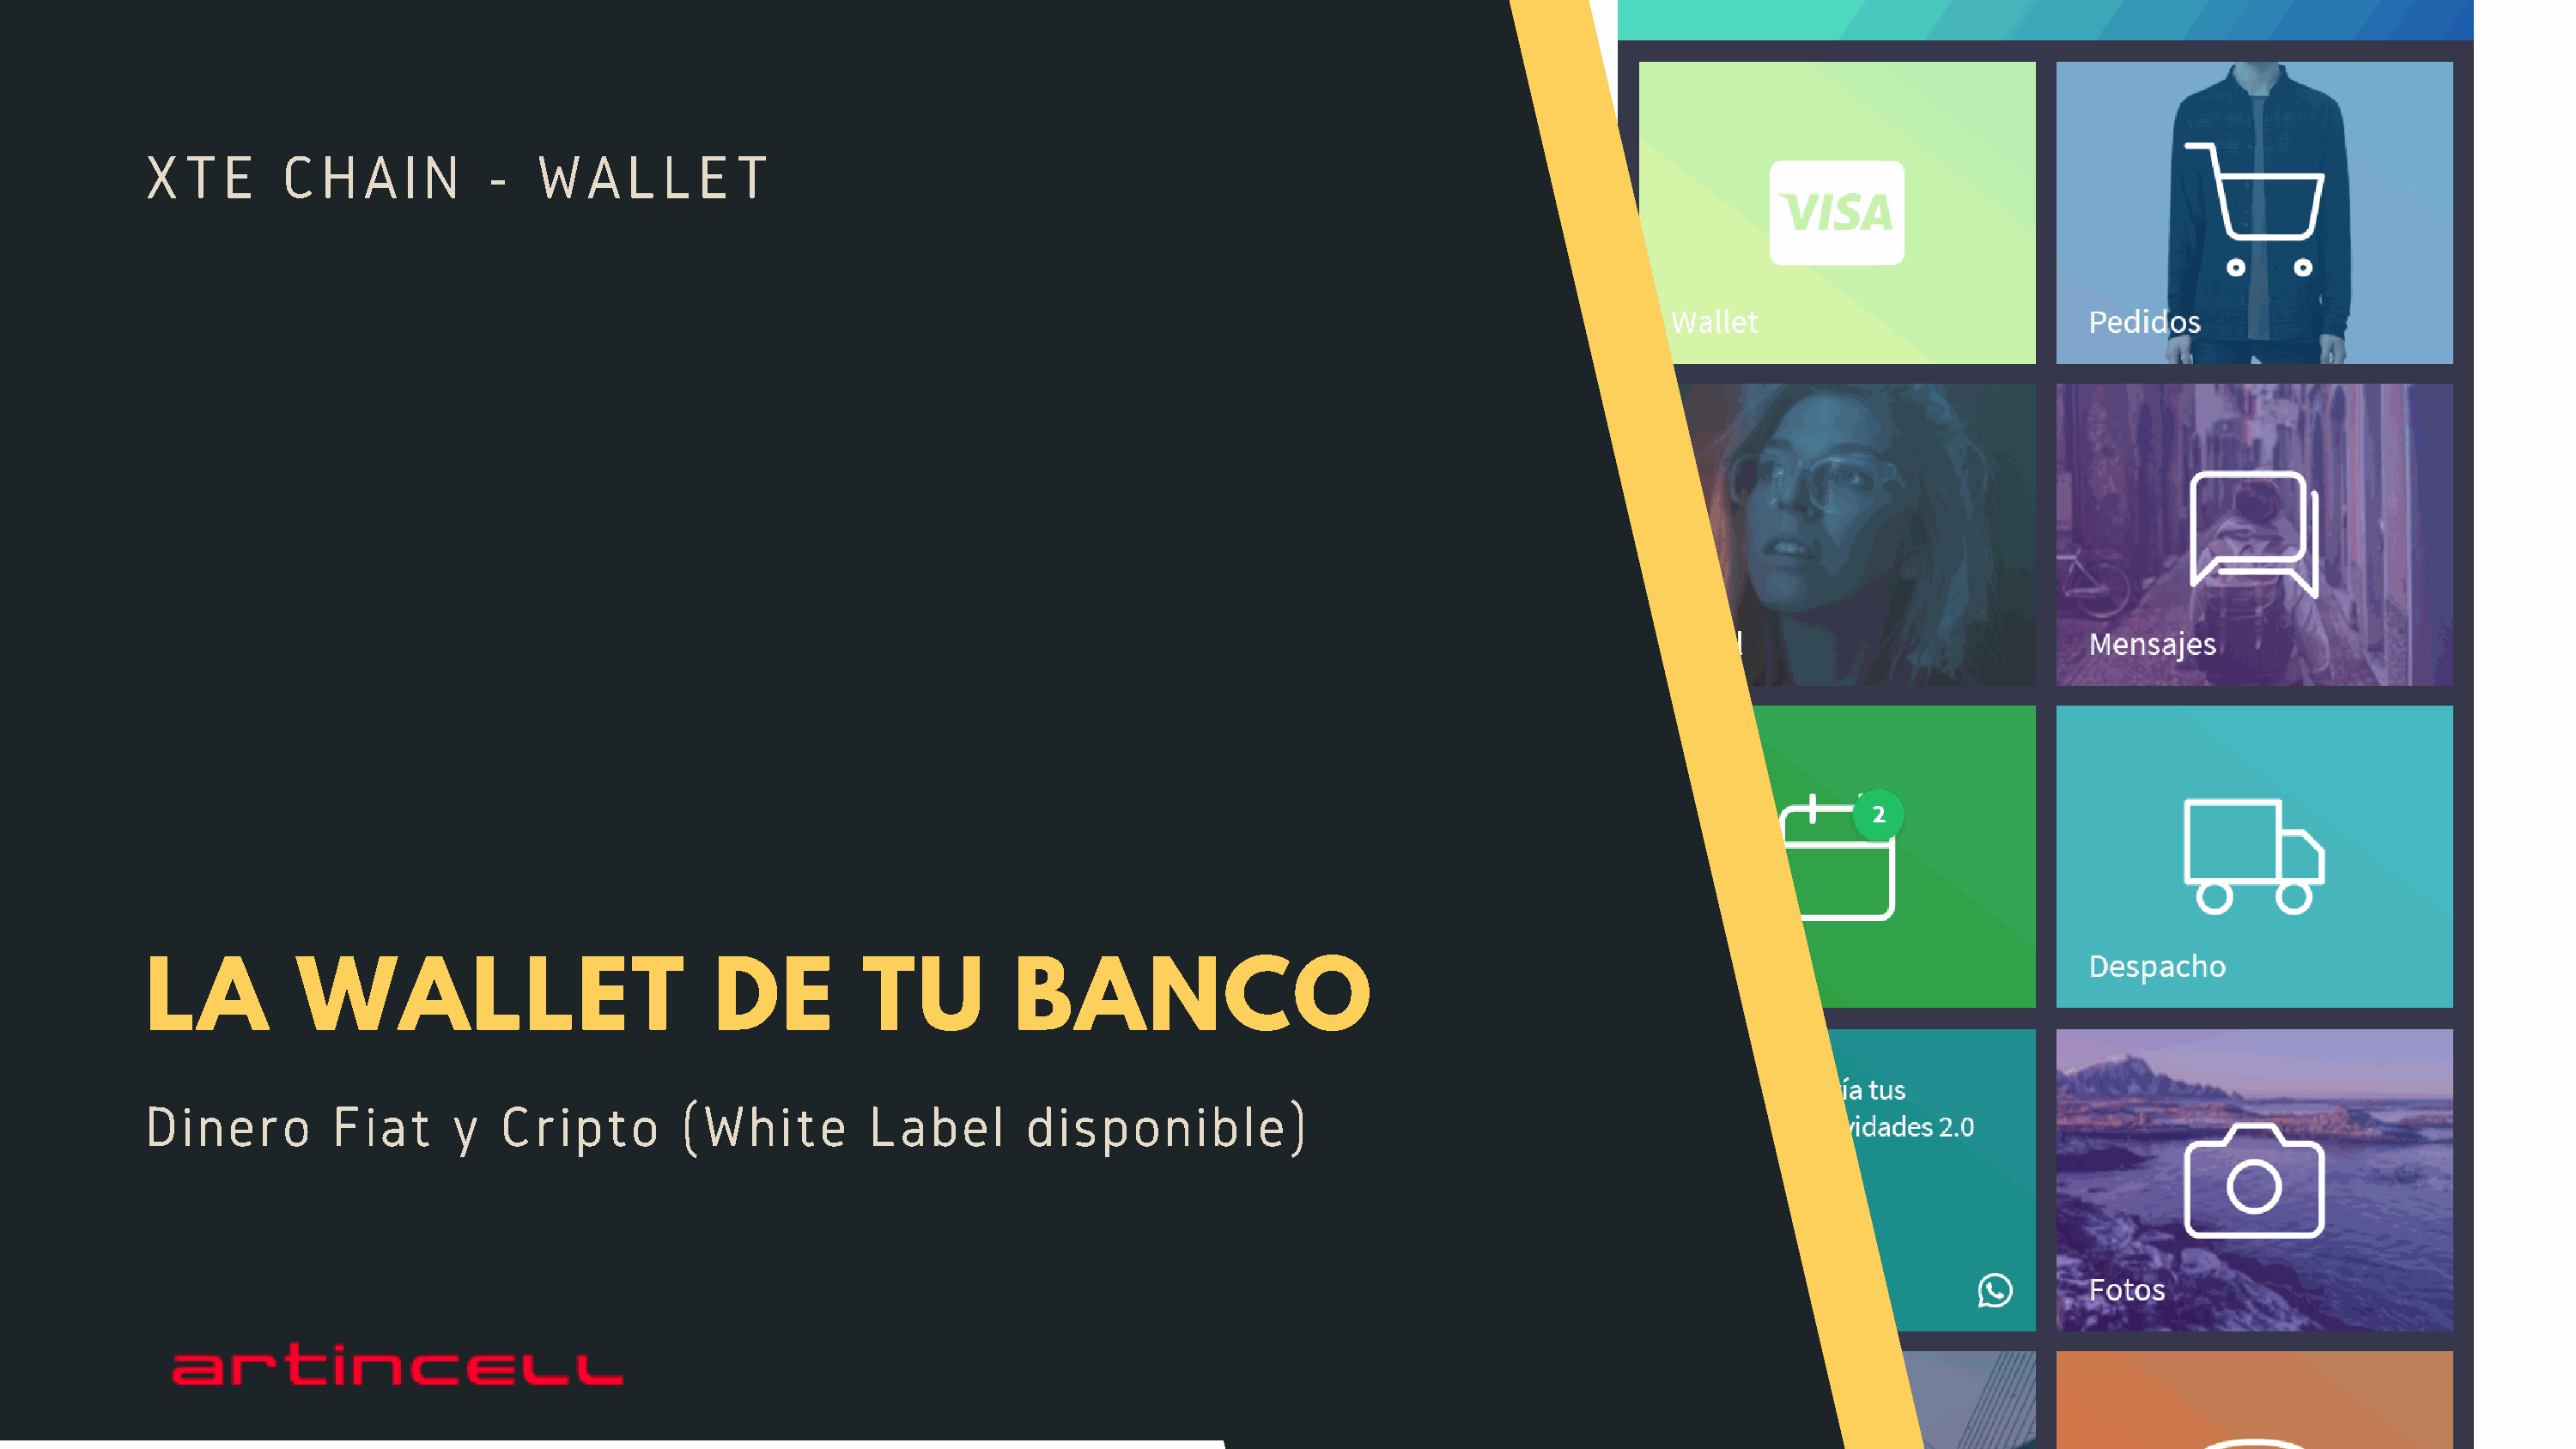
X  T  E    C  H  A  I N    -  W   A  L  L  E  T
 LA          WALLET                          DE         TU          BANCO
 Dinero         Fiat     y   Cripto       (White         Label       disponible)